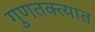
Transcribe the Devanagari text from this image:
गुणतक्त्यात